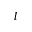
l